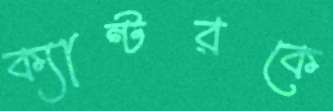
ক্যান্টরকে